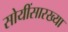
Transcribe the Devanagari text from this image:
सोयींसारख्या